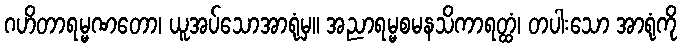
ဂဟိတာရမ္မဏတော၊ ယူအပ်သောအာရုံမှ။ အညာရမ္မစမနသိကာရတ္ထံ၊ တပါးသော အာရုံကို